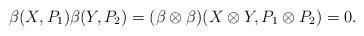
LaTeX: \begin{align*}\beta(X,P_1)\beta(Y,P_2)&=(\beta\otimes \beta)(X\otimes Y, P_1\otimes P_2)=0.\end{align*}